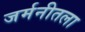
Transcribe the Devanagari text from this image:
जर्मनीतला